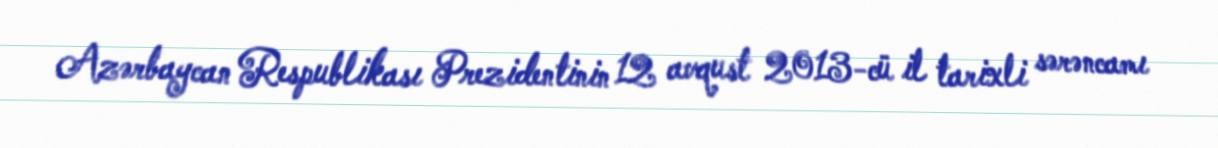
Azərbaycan Respublikası Prezidentinin 12 avqust 2013-cü il tarixli sərəncamı